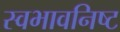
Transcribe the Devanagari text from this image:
स्वभावनिष्ट